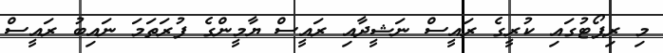
މި ރިޕޯޓުގައި ކުރީގެ ރައީސް ނަޝީދާއި ރައީސް ޔާމީންގެ ފުރަތަމަ ނައިބު ރައީސް